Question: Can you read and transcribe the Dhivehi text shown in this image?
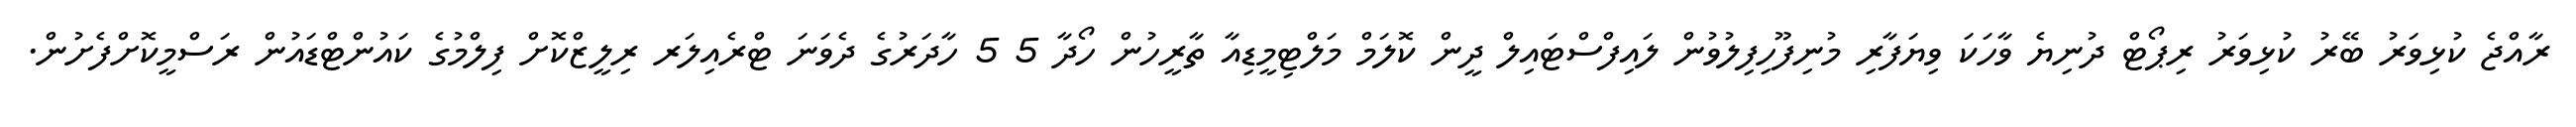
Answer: ރާއްޖެ ކުޅިވަރު ބޭރު ކުޅިވަރު ރިޕޯޓް ދުނިޔެ ވާހަކަ ވިޔަފާރި މުނިފޫހިފިލުވުން ލައިފްސްޓައިލް ދީން ކޮލަމް މަލްޓިމީޑިއާ ތާރީހުން ހޯދާ 5 5 ހާދަރުގެ ދެވަނަ ޓްރެއިލަރ ރިލީޒްކޮށް ފިލްމުގެ ކައުންޓްޑައުން ރަސްމީކޮށްފެށުން.